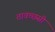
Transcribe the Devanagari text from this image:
तावच्छसी